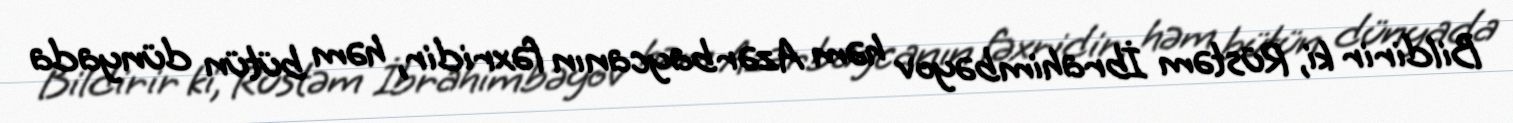
Bildirir ki, Rüstəm İbrahimbəyov həm Azərbaycanın fəxridir, həm bütün dünyada